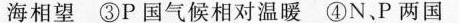
海 太平洋30°海相望③Р国气候相对温暖④N，P两国